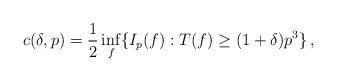
LaTeX: \begin{align*}c(\delta, p) = \frac{1}{2}\inf_f\{I_p(f): T(f)\ge (1+\delta)p^3\}\, ,\end{align*}